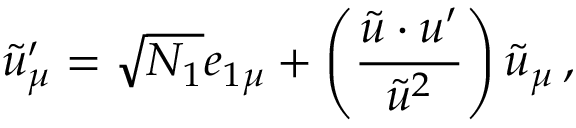
\tilde { u } _ { \mu } ^ { \prime } = \sqrt { N _ { 1 } } e _ { 1 \mu } + \left( \frac { \tilde { u } \cdot u ^ { \prime } } { \tilde { u } ^ { 2 } } \right) \tilde { u } _ { \mu } \, ,